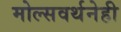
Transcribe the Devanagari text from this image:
मोल्सवर्थनेही